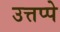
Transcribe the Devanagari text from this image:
उत्तप्पे